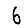
Digit: 6